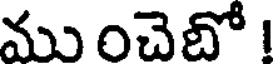
ము ంచెబో !